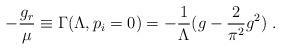
LaTeX: \begin{align*}-\frac{g_r}{\mu} \equiv \Gamma(\Lambda, p_i=0)= -\frac{1}{\Lambda}(g - \frac{2}{\pi^2}g^2)\;.\end{align*}